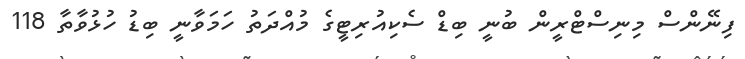
ފިނޭންސް މިނިސްޓްރީން ބުނީ ބިޑް ސެކިއުރިޓީގެ މުއްދަތު ހަމަވާނީ ބިޑު ހުޅުވާތާ 118